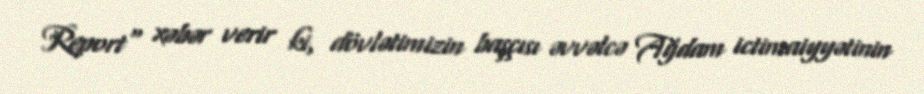
Report" xəbər verir ki, dövlətimizin başçısı əvvəlcə Ağdam ictimaiyyətinin